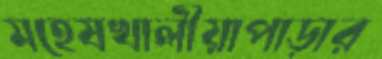
মহেষখালীয়াপাড়ার